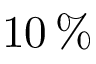
1 0 \, \%